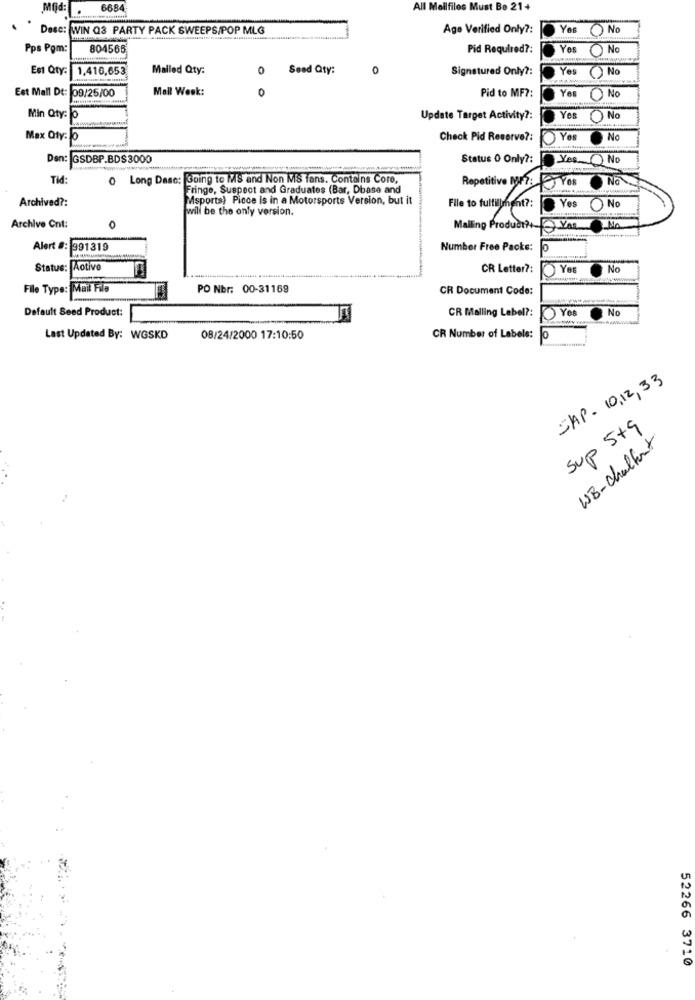
Mfid:
6684
All Mailfilos Must Be 21+
Desc: WIN Q3 PARTY PACK SWEEPS/POP MLG
Age Verified Only ?:
Yes () No
Pps Pom:
804565
Pid Required ?:
Yos No
Est Qty: 1,416,653
Mailed Qty:
0
Seed Qty:
0
Signatured Only ?:
Yes () No
Est Mall Dt: 09/25/00
Mall Week:
0
Pid to MF7:
Yes
NO
Min Qty: o
Update Target Activity ?:
Yes
O No
Max Qty. o
Check Pid Reserve ?:
)Yos
Nc
Den: GSDBP.BDS3000
Status 0 Only ?:
Yes
O No
Tid:
0 Long Dasc: Going to MS and Non MS fans. Contains Core,
Repetitive MF7: YOR
Na
Fringe, Suspect and Graduates (Bar, Dbase and
Archived ?:
Msports) Piece is in a Motorsports Version, but it
will be the only version.
File to fulfillment ?:
Yes No
Ma
Archive Cnt:
O
Malling Product?+- Yat
Alert #: 991319
Number Free Packs:
0
Status: Active
CR Letter ?:
No
File Type: Mail File
PO Nbr: 00-31169
CR Document Code:
Default Seed Product:
CR Malling Label ?:
TO Yes
No
Last Updated By: WGSKD
08/24/2000 17:10:50
CR Number of Labels:
0
SAP- 10,12,33
Sup 5+9
W8 -chalfant
52266 3710